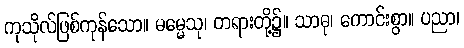
ကုသိုလ်ဖြစ်ကုန်သော။ ဓမ္မေသု၊ တရားတို့၌။ သာဓု၊ ကောင်းစွာ။ ပညာ၊